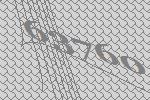
63760